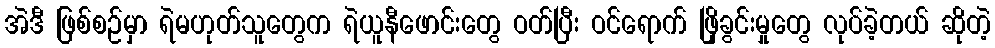
အဲဒီ ဖြစ်စဉ်မှာ ရဲမဟုတ်သူတွေက ရဲယူနီဖောင်းတွေ ဝတ်ပြီး ဝင်ရောက် ဖြိုခွင်းမှုတွေ လုပ်ခဲ့တယ် ဆိုတဲ့